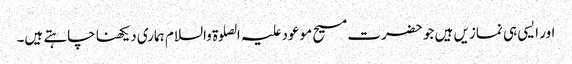
اور ایسی ہی نمازیں ہیں جو حضرت مسیح موعود علیہ الصلوۃ والسلام ہماری دیکھنا چاہتے ہیں۔